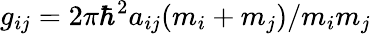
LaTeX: g_{ij}=2\pi\hbar^{2}a_{ij}(m_{i}+m_{j})/m_{i}m_{j}